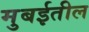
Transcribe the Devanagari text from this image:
मुबईतील